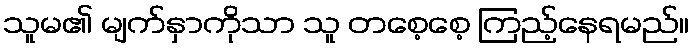
သူမ၏ မျက်နှာကိုသာ သူ တစေ့စေ့ ကြည့်နေရမည်။